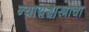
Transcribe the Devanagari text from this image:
न्यायशास्त्राचा